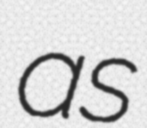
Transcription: as